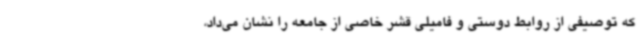
که توصیفی از روابط دوستی و فامیلی قشر خاصی از جامعه را نشان می‌داد،